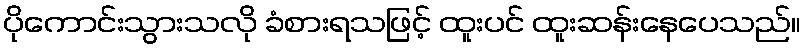
ပိုကောင်းသွားသလို ခံစားရသဖြင့် ထူးပင် ထူးဆန်းနေပေသည်။